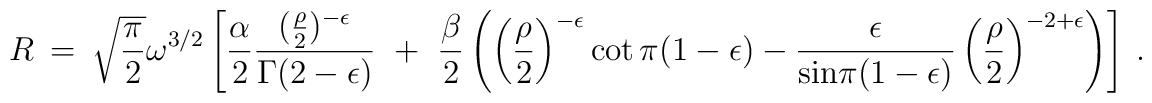
R~=~{\sqrt{\pi \over 2}} \omega^{3/2} \left[ {\alpha \over 2} \frac {( {\rho \over 2}) ^{- \epsilon}}{\Gamma(2-\epsilon)}~+~{\beta \over 2}\left(\left({ \rho \over 2} \right)^{-\epsilon} \cot \pi (1 - \epsilon)-\frac{\epsilon}{{\mbox {sin}}\pi(1-\epsilon)}\left({\rho \over 2}\right)^{-2+\epsilon} \right) \right]~.